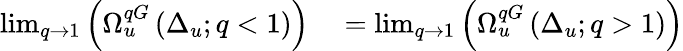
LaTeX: \begin{array}{rl}{\operatorname*{lim}_{q\to 1}\left(\Omega_{u}^{qG}\left(\Delta_{u};q<1\right)\right)}&{{}=\operatorname*{lim}_{q\to 1}\left(\Omega_{u}^{qG}\left(\Delta_{u};q>1\right)\right)}\end{array}